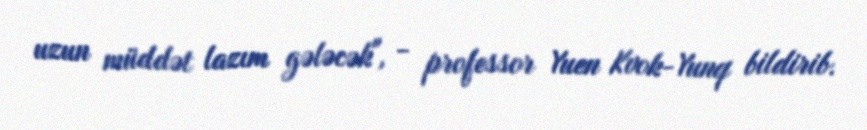
uzun müddət lazım gələcək", - professor Yuen Kvok-Yunq bildirib.